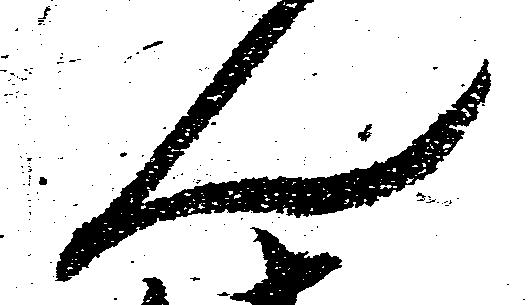
ん